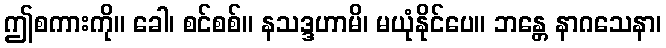
ဤစကားကို။ ခေါ၊ စင်စစ်။ နသဒ္ဒဟာမိ၊ မယုံနိုင်ပေ။ ဘန္တေ နာဂသေနာ၊